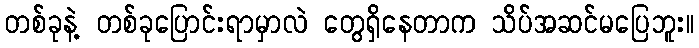
တစ်ခုနဲ့ တစ်ခုပြောင်းရာမှာလဲ တွေရှိနေတာက သိပ်အဆင်မပြေဘူး။